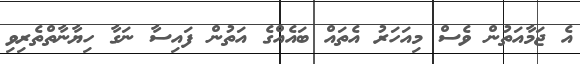
އެ ޖަމާއަތުން ވެސް މިއަހަރު އެތައް ބައެއްގެ އަތުން ފައިސާ ނަގާ ހިޔާނާތްތެރިވި